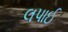
લપાઈ